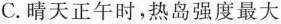
C.晴天正午时，热岛强度最大